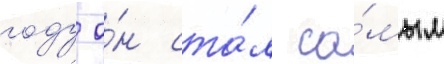
году о́н ста́л са́мым